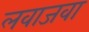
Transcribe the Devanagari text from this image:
लवाजवा